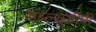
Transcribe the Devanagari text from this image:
डब्ल्यूडीपी